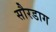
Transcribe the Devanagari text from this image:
सौरडाग